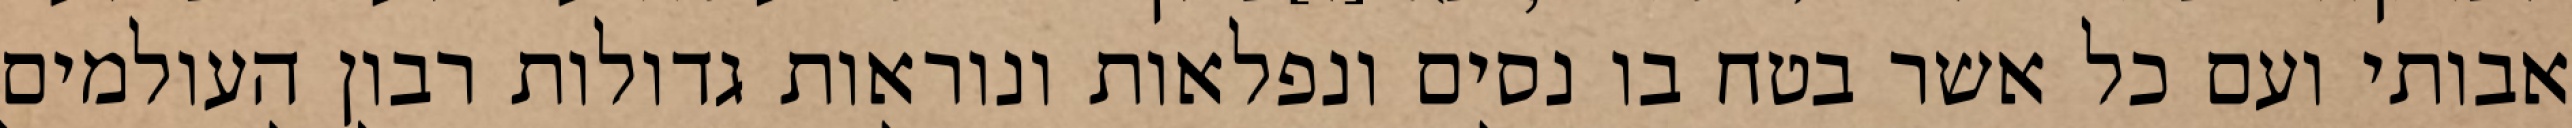
אבותי ועם כל אשר בטח בו נסים ונפלאות ונוראות גדולות רבון העולמים